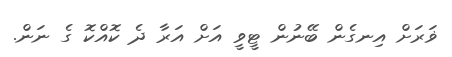
ޥަރަށް އިނގެން ބޭނުން ޓީވީ އަށް އަރާ ދެ ކޮއްކޮ ގެ ނަން.